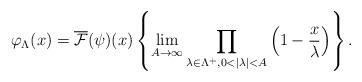
LaTeX: \begin{align*} \varphi_\Lambda(x) = \overline{\mathcal{F}}(\psi)(x) \left\{\lim_{A\to\infty} \prod_{\lambda\in \Lambda^+, 0<|\lambda|<A}\left(1-\frac{x}{\lambda}\right)\right\}.\end{align*}